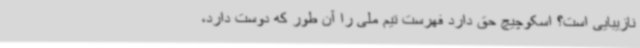
نازیبایی است؟ اسکوچیچ حق دارد فهرست تیم ملی را آن‌ طور که دوست دارد،